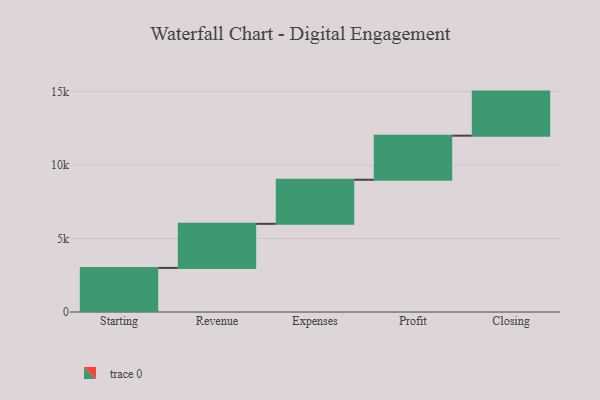
{"axis": {"x": "Step", "y": "Value"}, "legend": [""], "data": [{"x": "Starting", "y": 3000, "type": ""}, {"x": "Revenue", "y": 3000, "type": ""}, {"x": "Expenses", "y": 3000, "type": ""}, {"x": "Profit", "y": 3000, "type": ""}, {"x": "Closing", "y": 3000, "type": ""}]}